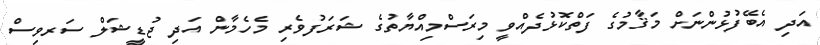
އަދި އެބޭފުޅުންނަށް މަޤާމުގެ ފަތްކޮޅުދެއްވީ މިރަސްމިއްޔާތުގެ ޝަރަފުވެރި މެހެމާން އަދި ޖުޑީޝަލް ސަރވިސް